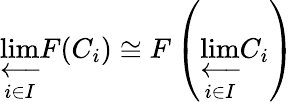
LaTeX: \varprojlim_{i\in I}F(C_{i})\cong F\left(\varprojlim_{i\in I}C_{i}\right)